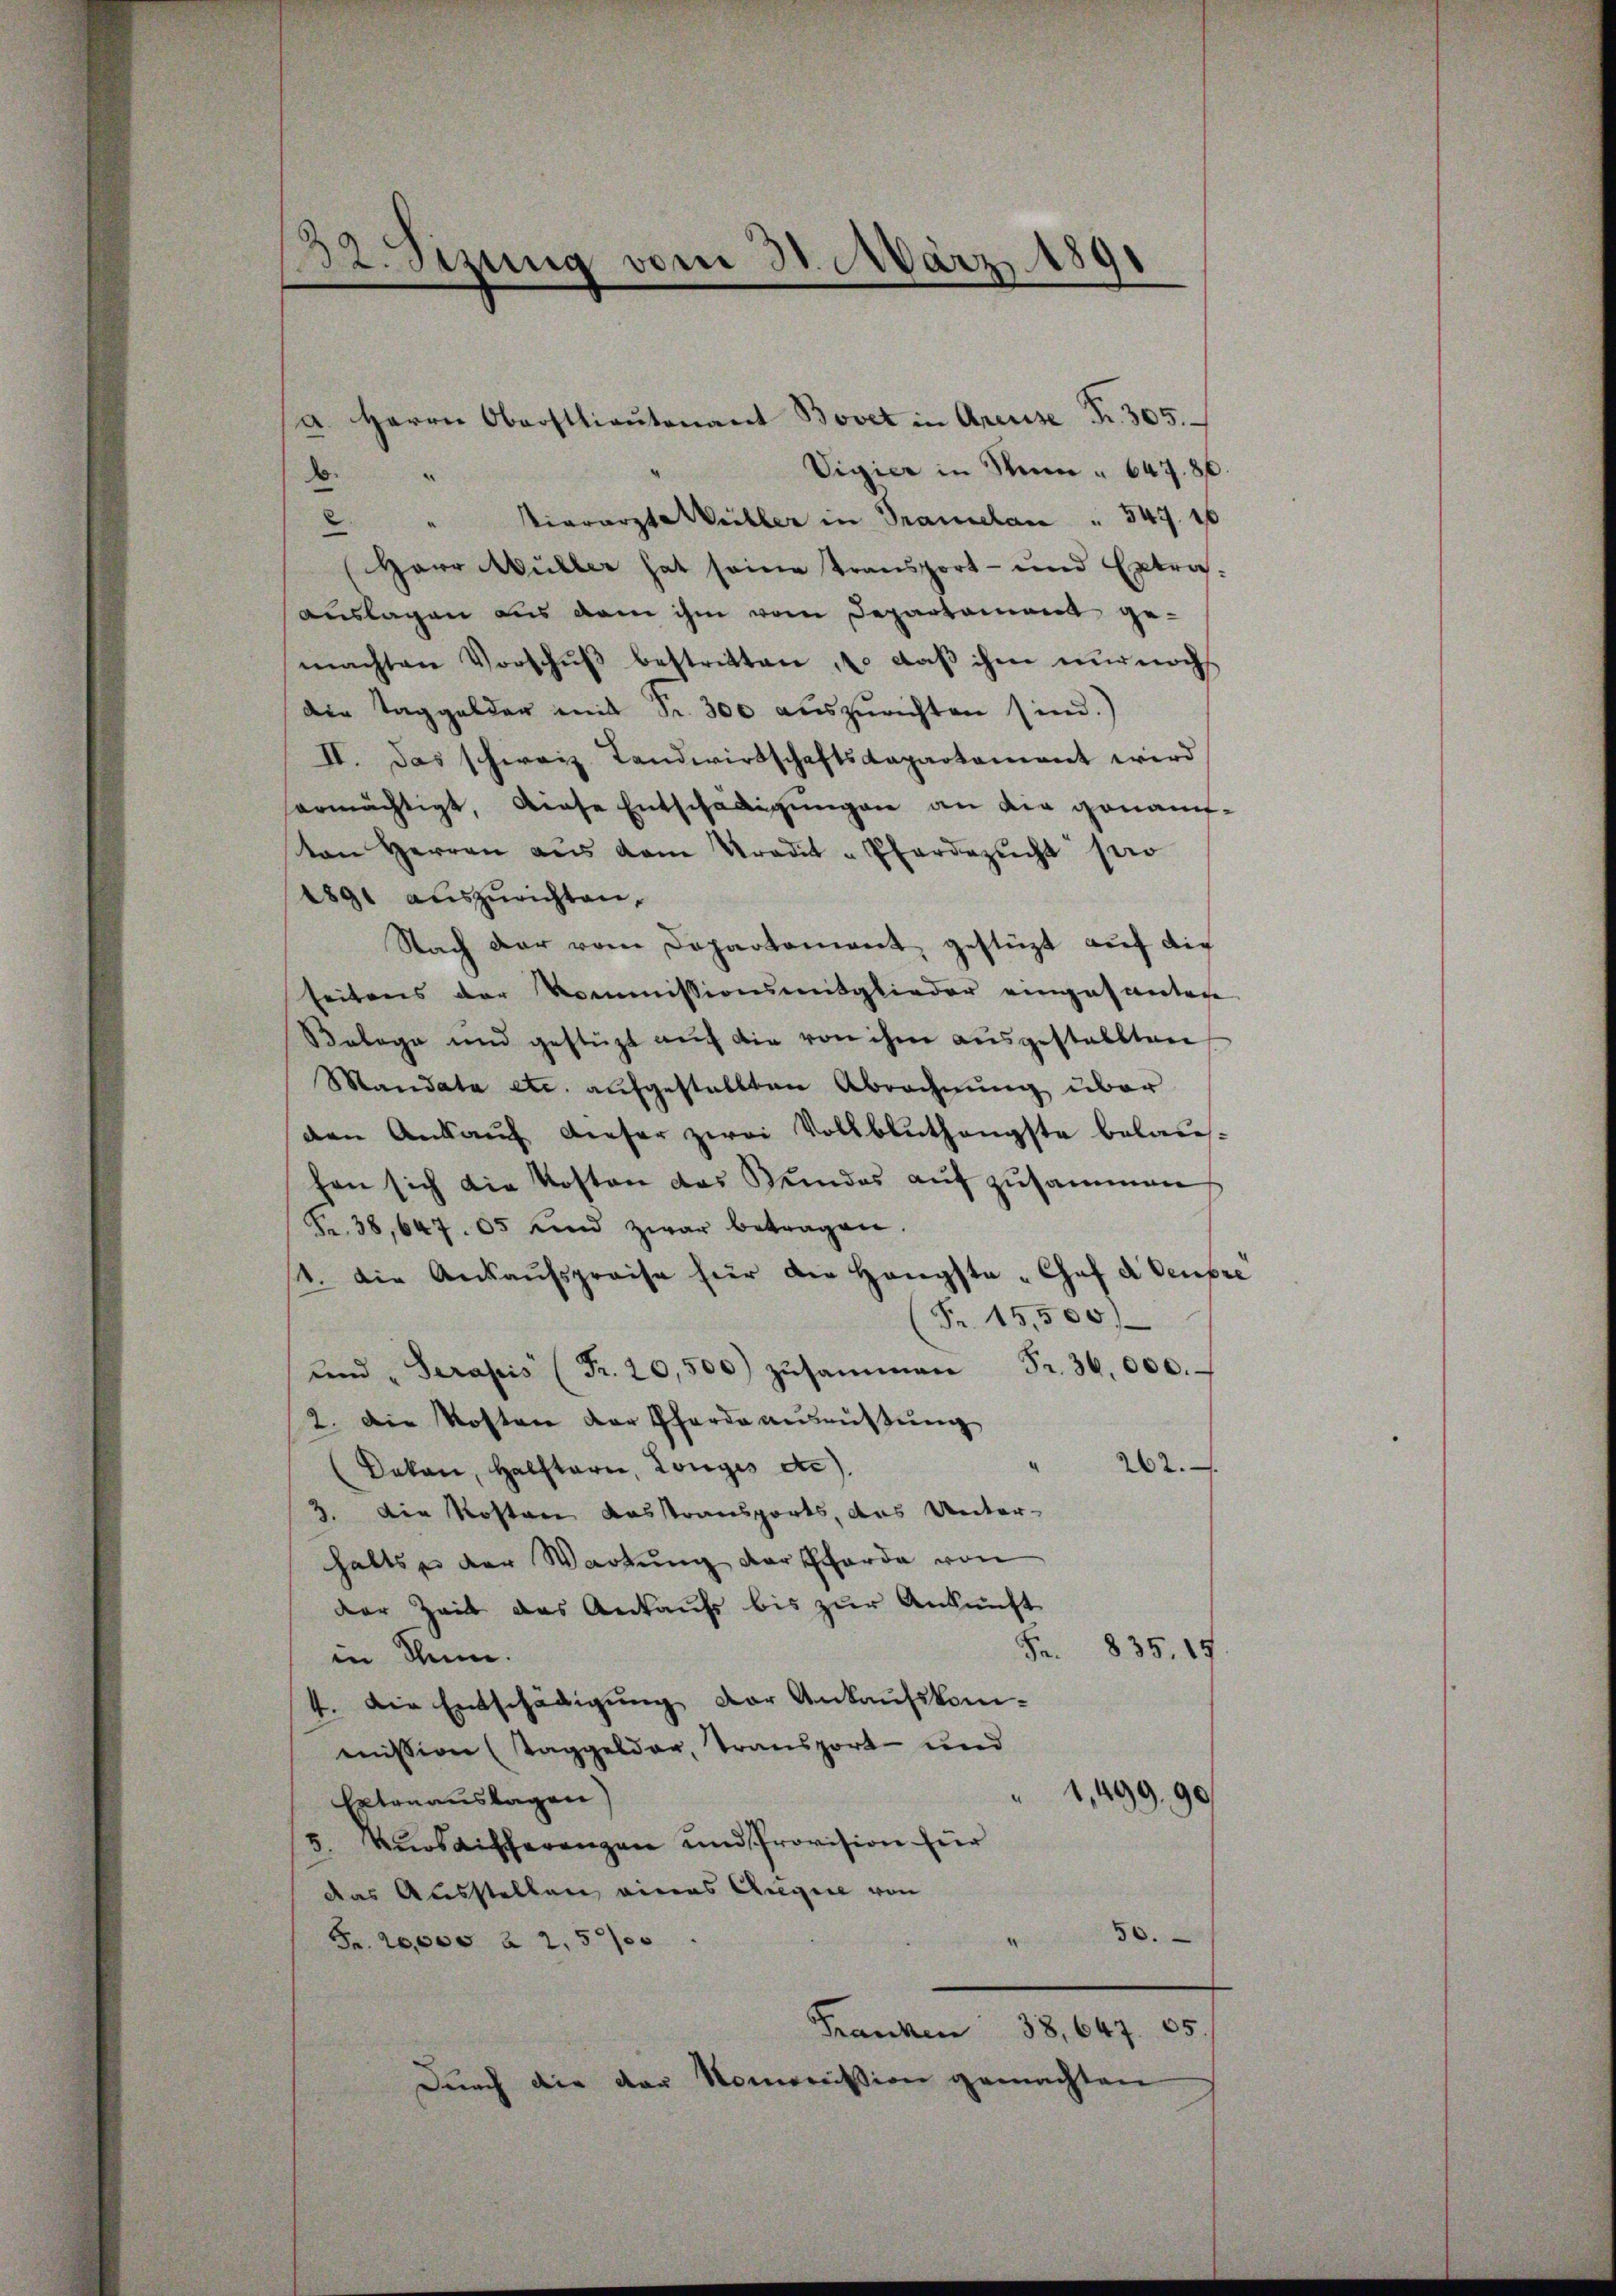
Vigier in Mein " 647. 80
.
.
" Vierarzte Weiller in Tramelan " 547. 10
.
(Herr Müller hat seine Transport- und Extra-
auslagen aus dem ihm vom Departament gemachten Vorschŭβ bestritten , daß ihm nur noch
die Taggelder mit Fr. 300 auszurichten sind.)
II. Das schweiz. Landwirtschaftskapartament wird
ermächtigt, diese Entschädigungen an die genannton Herren aŭs dem Tradit-Pferdezŭcht pro
1891 auszurichten.
Nach der vom Departement gestüzt auf die
seitens der Kommissionsmitglieder eingesanten
Belege und gestüzt aŭf die von ihm ausgestellten
Mandata etc. aufgestellten Abrechnung über
den Ankauf dieser zwei Vollbluthengste belaus-
hen sich die Kosten das Keindes auf zusammen
Fr. 38,647. 05 und zwar betragen.
st. Die Ankaŭfspreise hier die Hangsta-Chef d Oeupre
Fr. 15,500
ŭnd "Serasis (Fr. 20,500 zŭsammen Fr. 36,000.
2. Die Kosten der Pferde ausrüstung
262.
Dokan, Halftarie, Longes de
3. Die Kosten Ausstransports, das Unter-
halts der Wartung der Scharde von
der Zeit das Ankaufs bis zur Ankunft
Fr. 835. 15
in Thun.
4. Die Entschädigung der Ankaufskommission (Taggelder, Transport- und
1,499, 90
Extenauslagen)
5. Kuosaifferenzen und Provision für
das Ausstellen eines Augen von
50.
.
Fr. 20,000 à 2,50
Franken 38,647. 65.
Durch die der Kommission gemachten

32. Sezung vom 31. März 1891

a. Herrn Oberstlieutenant Bovet in Areuse Fr. 305.